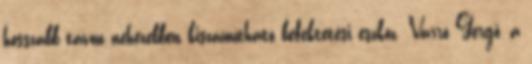
hosszabb távon nehezebben kiszámítható befektetési eszköz. Varró Gergő, a